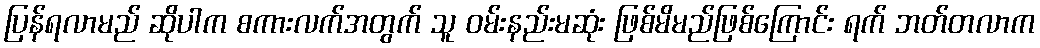
ပြန်ရလာမည် ဆိုပါက စကားလက်အတွက် သူ ဝမ်းနည်းမဆုံး ဖြစ်မိမည်ဖြစ်ကြောင်း ရက် ဘတ်တလာက